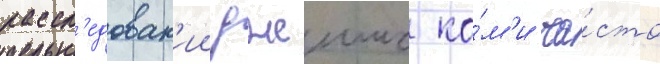
рассл'едован'ии джеимс ко́м'и ча́сто